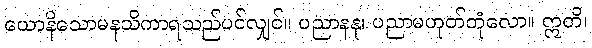
ယောနိသောမနသိကာရသည်ပင်လျှင်။ ပညာနနု၊ ပညာမဟုတ်တုံလော။ ဣတိ၊